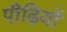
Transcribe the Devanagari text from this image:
पीढ़ियों